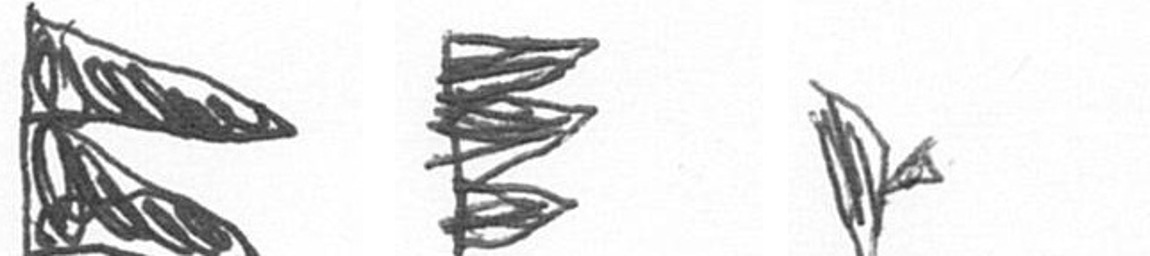
P H F